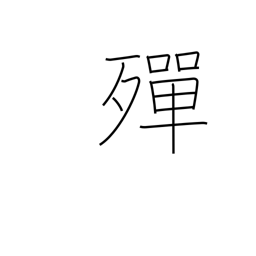
Meaning: become exhausted